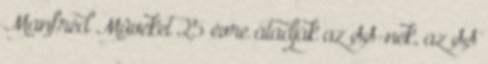
Manfréd Mûveket 25 évre átadják az SS-nek, az SS